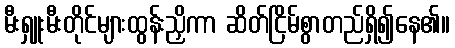
မီးရှူးမီးတိုင်များထွန်းညှိကာ ဆိတ်ငြိမ်စွာတည်ရှိ၍နေ၏။